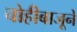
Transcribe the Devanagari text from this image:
चोहीबाजूने